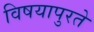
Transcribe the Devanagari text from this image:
विषयापुरते